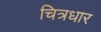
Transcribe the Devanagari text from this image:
चित्रधार